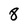
Character: 8